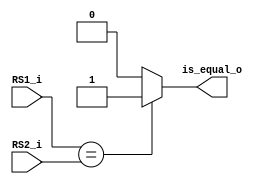
module isEqual(
	RS1_i,
	RS2_i,
	is_equal_o
);

input 	[31:0]	RS1_i;
input 	[31:0]  RS2_i;
output 	reg		is_equal_o;

always@(RS1_i or RS2_i)
	is_equal_o = (RS1_i == RS2_i)? 1 : 0;

endmodule